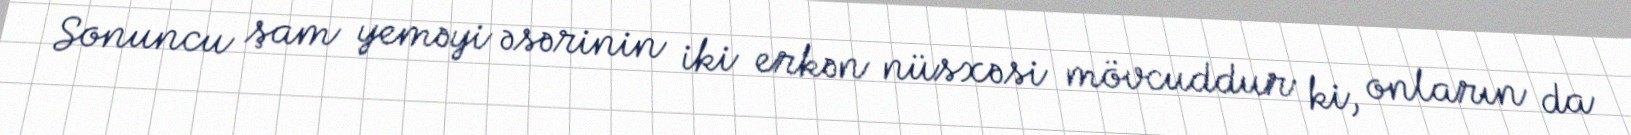
Sonuncu şam yeməyi əsərinin iki erkən nüsxəsi mövcuddur ki, onların da